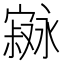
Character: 𫴇